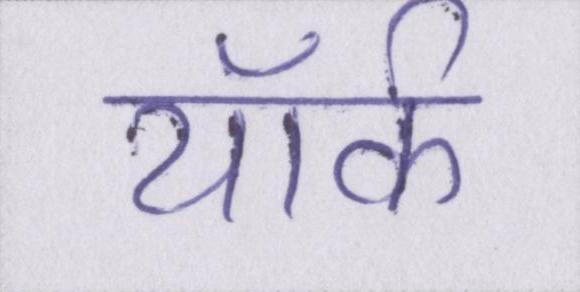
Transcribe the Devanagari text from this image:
यॉर्क